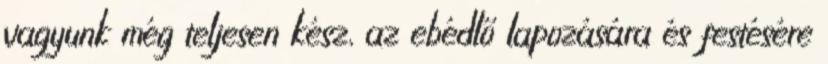
vagyunk még teljesen kész, az ebédlő lapozására és festésére